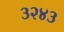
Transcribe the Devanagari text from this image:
३२४३